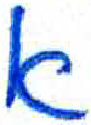
אות: א